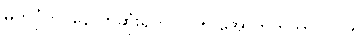
မှတ်ပုံတင်နောက်ဆုံးရက် - ၂၅ အောက်တိုဘာ ၂၀၂၅